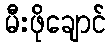
မီးဖိုချောင်